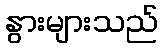
နွားများသည်